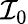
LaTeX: \mathcal{I}_{0}